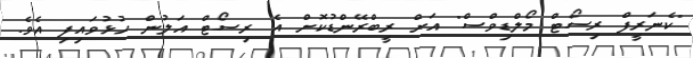
"ކެނަރީފް ރިސޯޓް މޯލްޑިވްސް" އަށް ރީބްރޭންޑުކޮށް އެ ރިސޯޓް އަލުން ހުޅުވައިފި އެވެ.